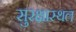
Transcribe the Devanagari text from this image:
सुरक्षास्थल